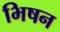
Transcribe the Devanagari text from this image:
भिषन